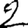
Digit: 2